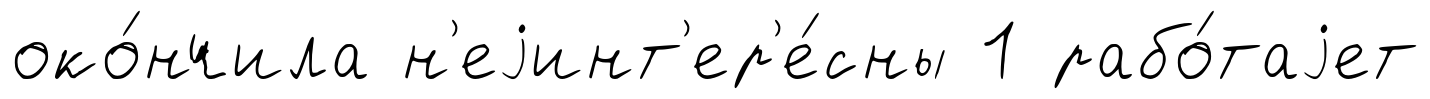
око́нчила н'еjинт'ер'е́сны 1 рабо́таjет